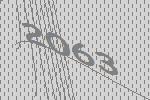
2063